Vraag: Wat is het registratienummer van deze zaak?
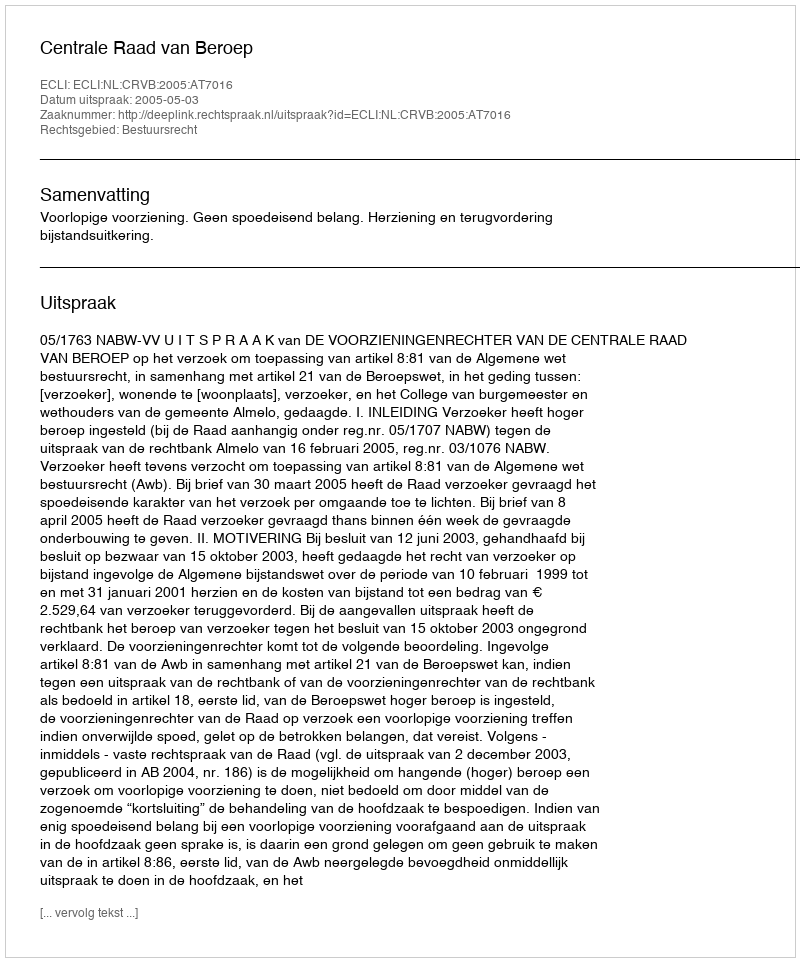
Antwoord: http://deeplink.rechtspraak.nl/uitspraak?id=ECLI:NL:CRVB:2005:AT7016